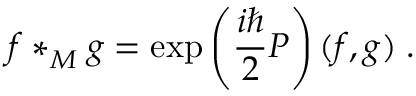
f \ast _ { M } ^ { } g = \exp \left( \frac { i \hbar } { 2 } { \cal P } \right) ( f , g ) \; .